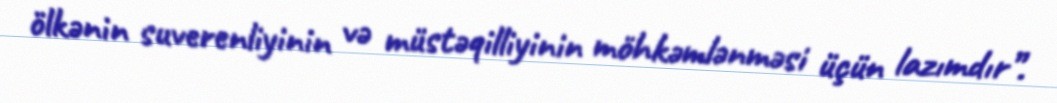
ölkənin suverenliyinin və müstəqilliyinin möhkəmlənməsi üçün lazımdır”.